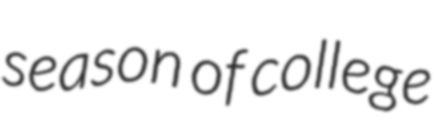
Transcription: season of college